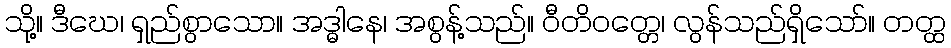
သို့။ ဒီဃေ၊ ရှည်စွာသော။ အဒ္ဓါနေ၊ အစွန့်သည်။ ဝီတိဝတ္တေ၊ လွန်သည်ရှိသော်။ တတ္ထ